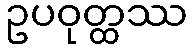
ဥပဝုတ္ထဿ